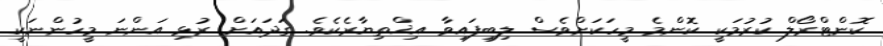
ކޮންޓްރޯލް ކުރުމަކީ ކޮންމެ މީހަކަށްވެސް ލިބިފައިވާ އިޚްތިޔާރެކެވެ. ގަދައަށް ރުޅި އަންނަ މީހުންނަކީ